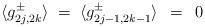
LaTeX: \begin{align*}\langle g_{2j,2k}^\pm \rangle \;=\;\langle g_{2j-1,2k-1}^\pm \rangle \;\,=\;\, 0 \\\end{align*}